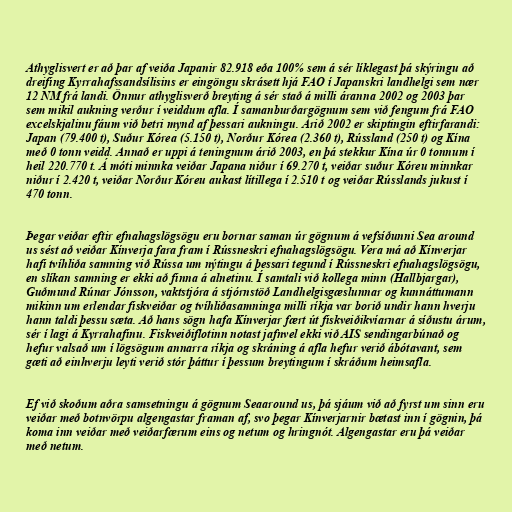
Athyglisvert er að þar af veiða Japanir 82.918 eða 100% sem á sér líklegast þá skýringu að
dreifing Kyrrahafssandsílisins er eingöngu skrásett hjá FAO í Japanskri landhelgi sem nær
12 NM frá landi. Önnur athyglisverð breyting á sér stað á milli áranna 2002 og 2003 þar
sem mikil aukning verður í veiddum afla. Í samanburðargögnum sem við fengum frá FAO
excelskjalinu fáum við betri mynd af þessari aukningu. Árið 2002 er skiptingin eftirfarandi:
Japan (79.400 t), Suður Kórea (5.150 t), Norður Kórea (2.360 t), Rússland (250 t) og Kína
með 0 tonn veidd. Annað er uppi á teningnum árið 2003, en þá stekkur Kína úr 0 tonnum í
heil 220.770 t. Á móti minnka veiðar Japana niður í 69.270 t, veiðar suður Kóreu minnkar
niður í 2.420 t, veiðar Norður Kóreu aukast lítillega í 2.510 t og veiðar Rússlands jukust í
470 tonn.

Þegar veiðar eftir efnahagslögsögu eru bornar saman úr gögnum á vefsíðunni Sea around
us sést að veiðar Kínverja fara fram í Rússneskri efnahagslögsögu. Vera má að Kínverjar
hafi tvíhliða samning við Rússa um nýtingu á þessari tegund í Rússneskri efnahagslögsögu,
en slíkan samning er ekki að finna á alnetinu. Í samtali við kollega minn (Hallbjargar),
Guðmund Rúnar Jónsson, vaktstjóra á stjórnstöð Landhelgisgæslunnar og kunnáttumann
mikinn um erlendar fiskveiðar og tvíhliðasamninga milli ríkja var borið undir hann hverju
hann taldi þessu sæta. Að hans sögn hafa Kínverjar fært út fiskveiðikvíarnar á síðustu árum,
sér í lagi á Kyrrahafinu. Fiskveiðiflotinn notast jafnvel ekki við AIS sendingarbúnað og
hefur valsað um í lögsögum annarra ríkja og skráning á afla hefur verið ábótavant, sem
gæti að einhverju leyti verið stór þáttur í þessum breytingum í skráðum heimsafla.

Ef við skoðum aðra samsetningu á gögnum Seaaround us, þá sjáum við að fyrst um sinn eru
veiðar með botnvörpu algengastar framan af, svo þegar Kínverjarnir bætast inn í gögnin, þá
koma inn veiðar með veiðarfærum eins og netum og hringnót. Algengastar eru þá veiðar
með netum.